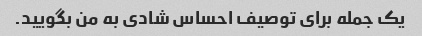
یک جمله برای توصیف احساس شادی به من بگویید.